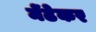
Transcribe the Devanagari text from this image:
मेंढेकर